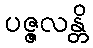
ပဇ္ဇလန္တိ